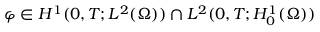
\varphi \in H ^ { 1 } ( 0 , T ; L ^ { 2 } ( \Omega ) ) \cap L ^ { 2 } ( 0 , T ; H _ { 0 } ^ { 1 } ( \Omega ) )